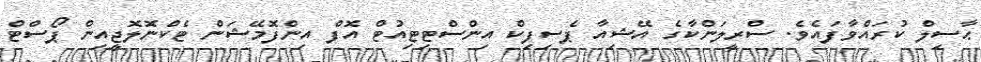
ޙާސިލް ކުރައްވާފައެވެ. ސްރީލަންކާގެ އޭޝިއާ ޕެސިފިކް އިންސްޓިޓިއުޓް އޮފް އިންފޮމޭޝަން ޓެކްނޮލޮޖީއިން ޕޯސްޓް